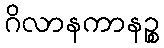
ဂိလာနကာနဉ္စ